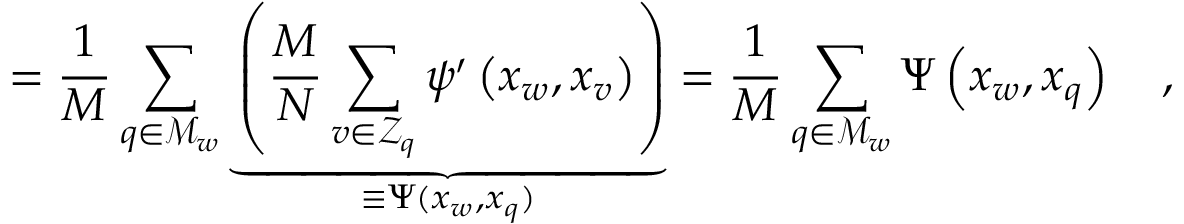
= \frac { 1 } { M } \sum _ { q \in \mathcal { M } _ { w } } \underbrace { \left( \frac { M } { N } \sum _ { v \in \mathcal { Z } _ { q } } \psi ^ { \prime } \left( x _ { w } , x _ { v } \right) \right) } _ { \equiv \Psi ( x _ { w } , x _ { q } ) } = \frac { 1 } { M } \sum _ { q \in \mathcal { M } _ { w } } \Psi \left( x _ { w } , x _ { q } \right) \quad ,